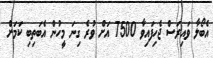
އެބޯލާ ވައިރަސް ޖެހިފައިވާ 7500 އަށް ވުރެ ގިނަ މީހުން އެބަތިބި ކަމަށް